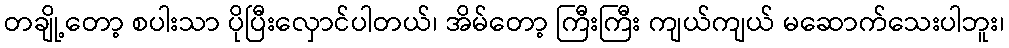
တချို့တော့ စပါးသာ ပိုပြီးလှောင်ပါတယ်၊ အိမ်တော့ ကြီးကြီး ကျယ်ကျယ် မဆောက်သေးပါဘူး၊